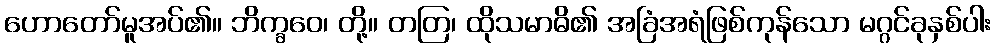
ဟောတော်မူအပ်၏။ ဘိက္ခဝေ၊ တို့။ တတြ၊ ထိုသမာဓိ၏ အခြံအရံဖြစ်ကုန်သော မဂ္ဂင်ခုနှစ်ပါး